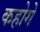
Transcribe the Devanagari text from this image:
कहोगे